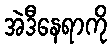
အဲဒီနေရာကို